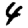
Digit: 4